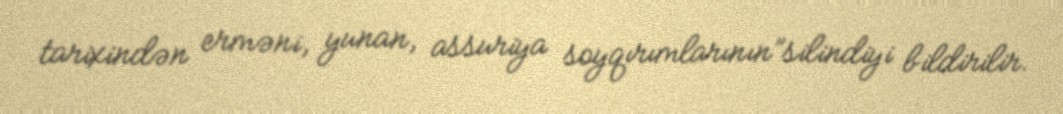
tarixindən erməni, yunan, assuriya soyqırımlarının”silindiyi bildirilir.